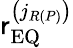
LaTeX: \mathsf{r}_{\mathrm{{EQ}}}^{\left(j_{R\left(P\right)}\right)}